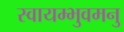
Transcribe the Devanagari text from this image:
स्वायम्भुवमनु